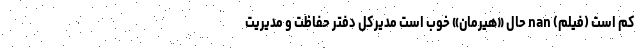
کم است (فیلم) nan حال «هیرمان» خوب است مدیرکل دفتر حفاظت و مدیریت